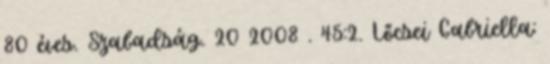
80 éves. Szabadság. 20 2008 . 45:2. Lőcsei Gabriella: